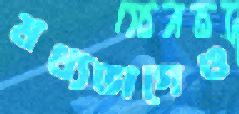
মধ্যভাগেও